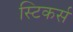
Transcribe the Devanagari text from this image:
स्टिकर्स